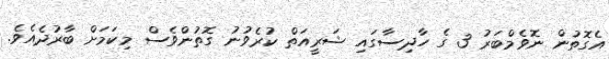
އެގޮތުން ނޮވެމްބަރު 3 ގެ ހާދިސާގައި ޝަރީއަތް ކުރެވުނު ގޮތުންވެސް މިކަމަށް ބާރުދެއެވެ.